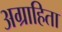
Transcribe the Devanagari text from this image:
अग्राहिता